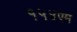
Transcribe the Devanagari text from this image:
१५४एम